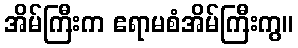
အိမ်ကြီးက ဧရာမစံအိမ်ကြီးကွ။